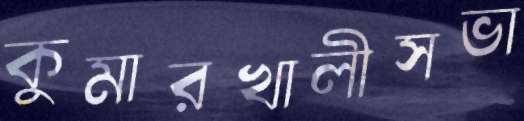
কুমারখালীসভা